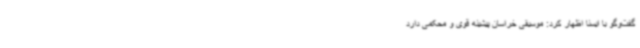
گفت‌وگو با ایسنا اظهار کرد: موسیقی خراسان پیشینه قوی و محکمی دارد